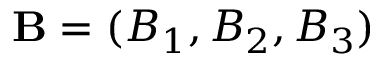
\mathbf { B } = ( B _ { 1 } , B _ { 2 } , B _ { 3 } )